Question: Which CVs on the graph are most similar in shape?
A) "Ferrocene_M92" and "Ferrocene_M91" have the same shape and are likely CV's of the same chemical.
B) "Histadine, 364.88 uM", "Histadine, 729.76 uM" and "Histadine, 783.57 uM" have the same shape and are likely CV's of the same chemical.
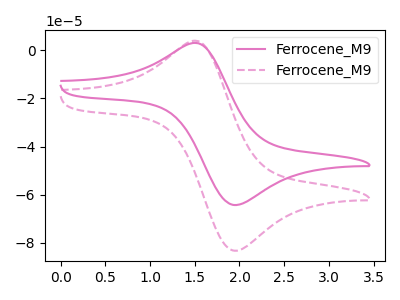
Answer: <think>The pink curve "Ferrocene_M91" has an anodic peak at (1.55V, 2.90uA) and a cathodic peak at (1.95V, -64.30uA). The pink dashed curve "Ferrocene_M92" has an anodic peak at (1.55V, 3.80uA) and a cathodic peak at (1.95V, -83.25uA).
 All the peaks in "Ferrocene_M91" have a peak in "Ferrocene_M92" at the same potential. Every peak in "Ferrocene_M91" is lower than every peak in "Ferrocene_M92".</think>
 <answer>A) "Ferrocene_M92" and "Ferrocene_M91" have the same shape and are likely CV's of the same chemical.</answer>
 <eval>A</eval>